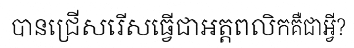
បានជ្រើសរើសធ្វើជាអត្តពលិកគឺជាអ្វី?